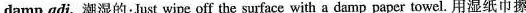
damp adj.潮湿的:Just wipe off the surface with a damp paper towel. 用湿纸巾擦